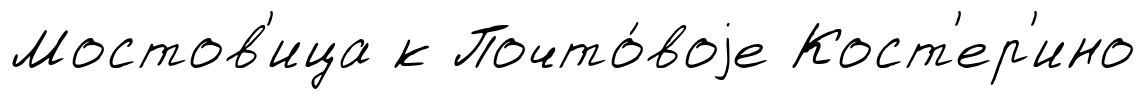
Мостов'ица к Почто́воjе Кост'ер'ино